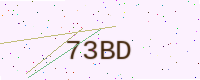
Text: 73BD